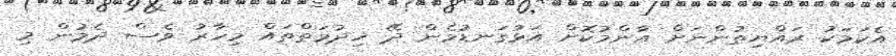
އެކަމަކު ރައްޔިތުންނަށް އާންމުކޮށް އަޅުގަނޑުމެން ދޭ ޚިދުމަތްތައް މިހާރު ވެސް ދެމުން މި